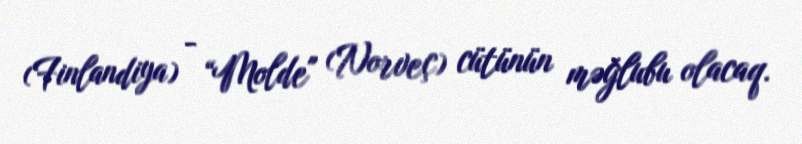
(Finlandiya) - “Molde" (Norveç) cütünün məğlubu olacaq.